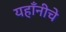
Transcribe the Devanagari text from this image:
यहाँनीचे